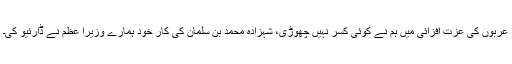
عربوں کی عزت افزائی میں ہم نے کوئی کسر نہیں چھوڑی، شہزادہ محمد بن سلمان کی کار خود ہمارے وزیرا عظم نے ڈارئیو کی۔